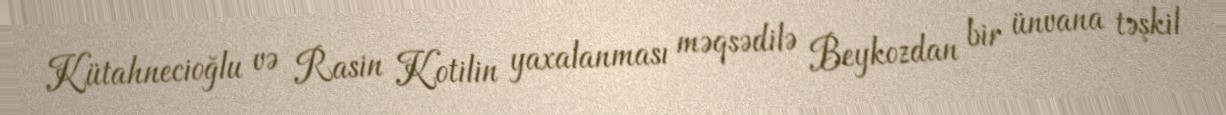
Kütahnecioğlu və Rasin Kotilin yaxalanması məqsədilə Beykozdan bir ünvana təşkil